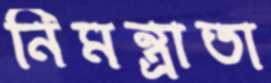
নিমন্ত্রাতা